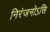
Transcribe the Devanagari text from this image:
निरंजनोऽसि